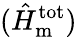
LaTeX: (\hat{H}_{\mathrm{m}}^{\mathrm{tot}})